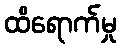
ထိရောက်မှု